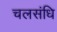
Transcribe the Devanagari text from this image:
चलसंधि